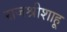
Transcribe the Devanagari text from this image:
राजश्रीशाहू